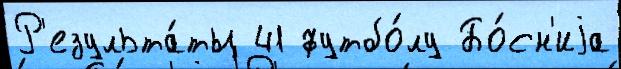
Р'езульта́ты 41 футбо́лу Бо́сн'иjа